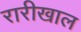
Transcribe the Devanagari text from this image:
रारीखाल